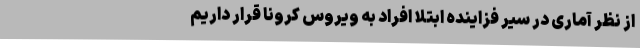
از نظر آماری در سیر فزاینده ابتلا افراد به ویروس کرونا قرار داریم